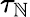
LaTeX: \tau_{\mathbb{N}}